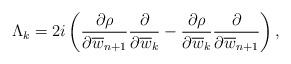
LaTeX: \begin{align*}\Lambda_{k}=2i\left(\frac{\partial \rho}{\partial \overline{w}_{n+1}}\frac{\partial}{\partial \overline{w}_{k}}- \frac{\partial \rho}{\partial \overline{w}_{k}}\frac{\partial}{\partial \overline{w}_{n+1}}\right), \end{align*}